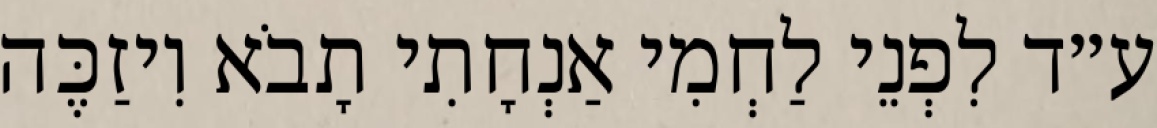
ע״ד לִפְנֵי לַחְמִי אַנְחָתִי תָבֹא וִיזַכֶּה